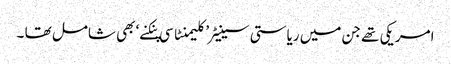
امریکی تھے جن میں ریاستی سینیٹر’ کلیمنٹا سی پنکنے‘ بھی شامل تھا ۔